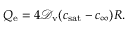
Q _ { \mathrm { e } } = 4 \mathcal { D } _ { \mathrm { v } } ( c _ { \mathrm { s a t } } - c _ { \infty } ) R .